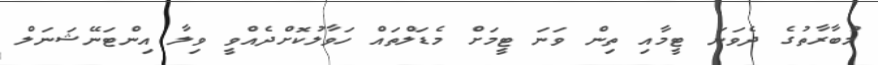
މުބާރާތުގެ ދެވަނަ ޓީމާއި ތިން ވަނަ ޓީމަށް މެޑަލްތައް ހަވާލުކޮށްދެއްވީ ވިލާ އިންޓަނޭޝަނަލް